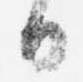
日